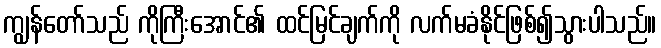
ကျွန်တော်သည် ကိုကြီးအောင်၏ ထင်မြင်ချက်ကို လက်မခံနိုင်ဖြစ်၍သွားပါသည်။